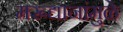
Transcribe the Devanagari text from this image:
मरूद्यानांमुळे